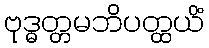
ဗုဒ္ဓတ္တမဘိပတ္ထယိံ